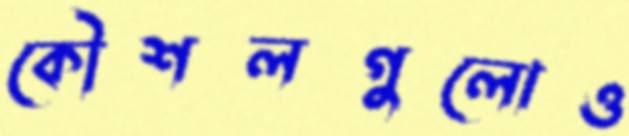
কৌশলগুলোও